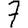
Digit: 7